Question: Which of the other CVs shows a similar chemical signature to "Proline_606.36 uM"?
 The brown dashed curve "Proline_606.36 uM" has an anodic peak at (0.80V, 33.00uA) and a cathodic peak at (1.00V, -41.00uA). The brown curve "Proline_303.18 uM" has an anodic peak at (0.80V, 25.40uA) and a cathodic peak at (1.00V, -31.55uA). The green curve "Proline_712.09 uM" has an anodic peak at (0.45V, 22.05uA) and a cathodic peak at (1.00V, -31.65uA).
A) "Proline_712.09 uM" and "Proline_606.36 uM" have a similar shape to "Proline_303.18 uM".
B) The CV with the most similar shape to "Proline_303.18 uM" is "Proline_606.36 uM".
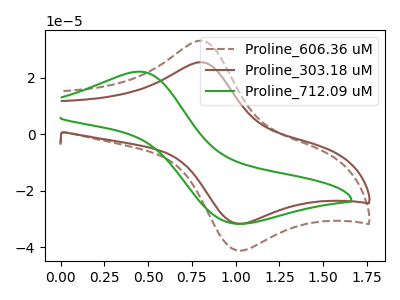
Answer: <think>All the peaks in "Proline_606.36 uM" have a peak in "Proline_303.18 uM" at the same potential. Every peak in "Proline_606.36 uM" is higher than every peak in "Proline_303.18 uM". "Proline_606.36 uM" and "Proline_712.09 uM" have at least one peak that do not match. "Proline_303.18 uM" and "Proline_712.09 uM" have at least one peak that do not match.
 </think>
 <answer>B) The CV with the most similar shape to "Proline_303.18 uM" is "Proline_606.36 uM".</answer>
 <eval>B</eval>